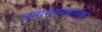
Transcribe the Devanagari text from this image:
अनारोग्यकारक